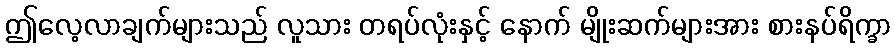
ဤလေ့လာချက်များသည် လူသား တရပ်လုံးနှင့် နောက် မျိုးဆက်များအား စားနပ်ရိက္ခာ